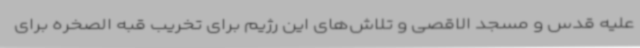
علیه قدس و مسجد الاقصی و تلاش‌های این رژیم برای تخریب قبه الصخره برای